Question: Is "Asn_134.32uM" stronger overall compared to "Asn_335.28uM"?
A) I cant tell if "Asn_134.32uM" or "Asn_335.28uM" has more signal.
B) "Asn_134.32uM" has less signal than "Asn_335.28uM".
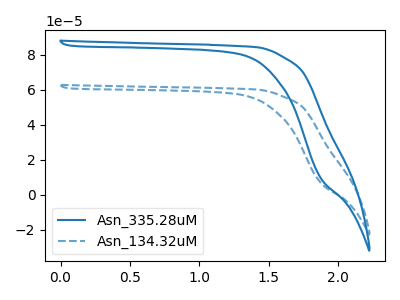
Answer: <think>The blue curve "Asn_335.28uM" has no peaks. The blue dashed curve "Asn_134.32uM" has no peaks.
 Neither "Asn_134.32uM" or "Asn_335.28uM" have any peaks.</think>
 <answer>A) I cant tell if "Asn_134.32uM" or "Asn_335.28uM" has more signal.</answer>
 <eval>A</eval>